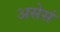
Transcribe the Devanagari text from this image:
असेसं